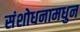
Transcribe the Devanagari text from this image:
संशोधनामधुन